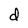
Character: d